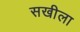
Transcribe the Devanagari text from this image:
सखीला